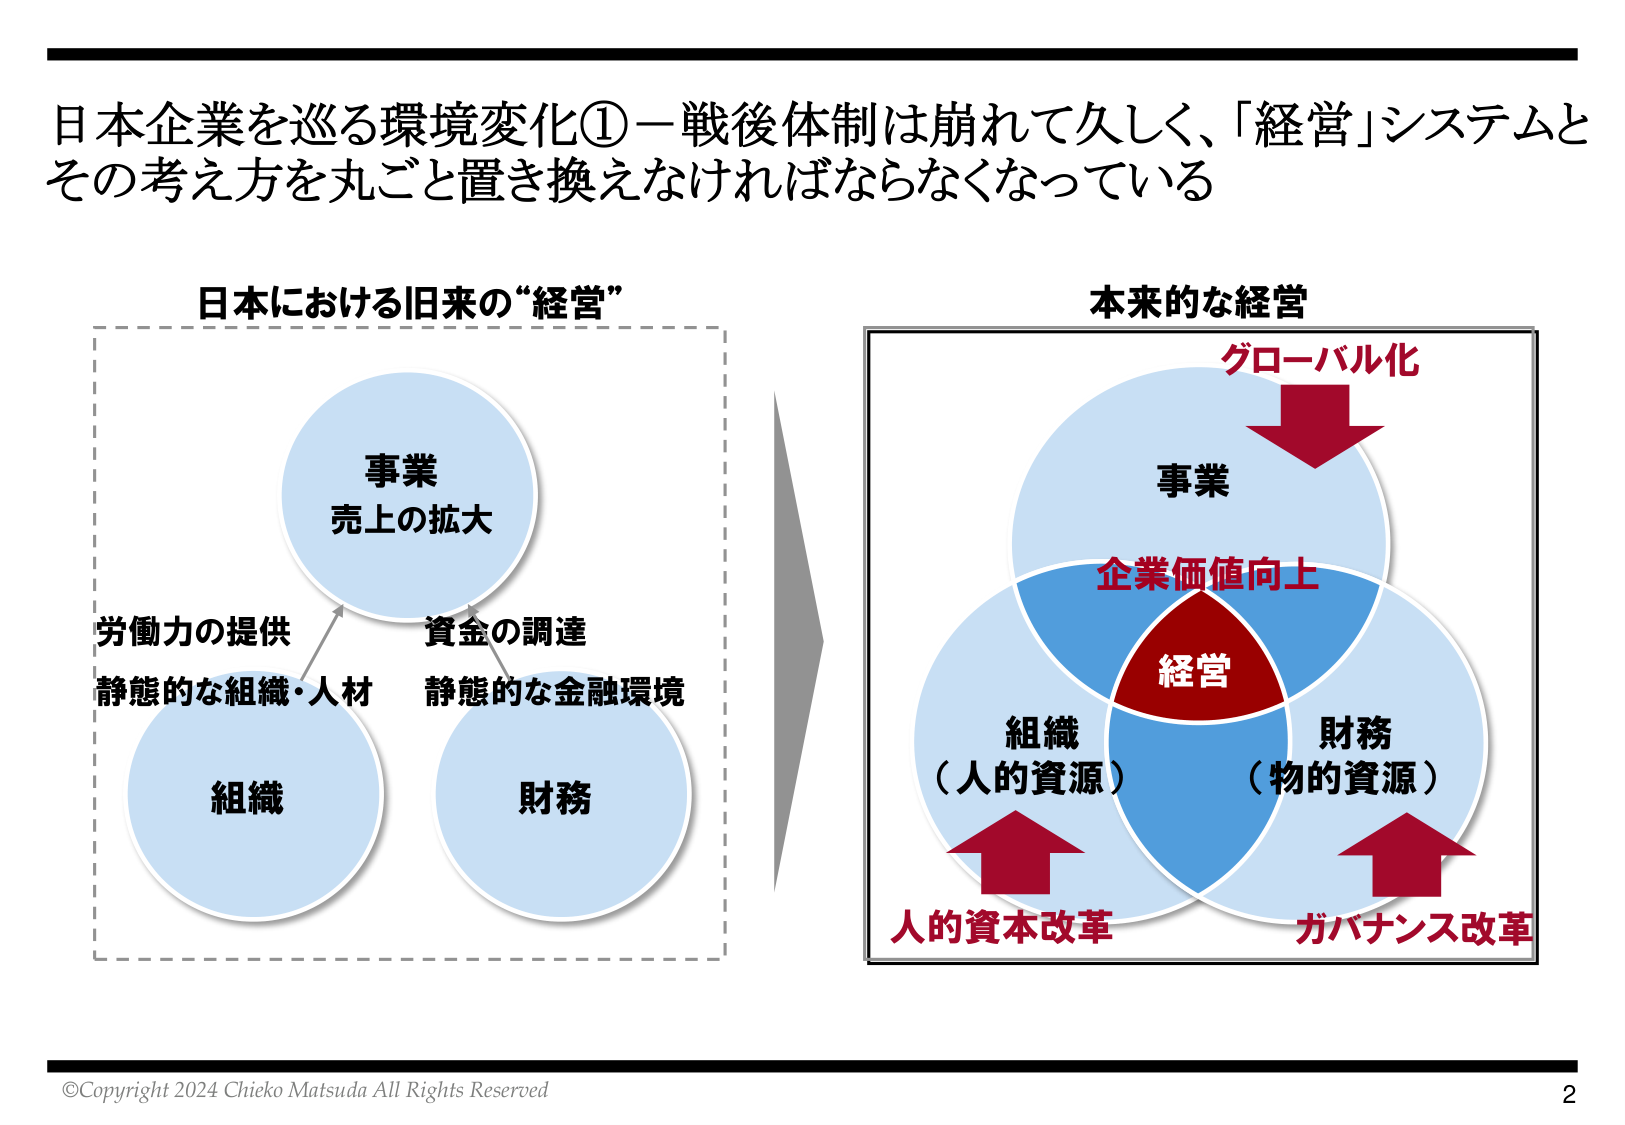
日本企業を巡る環境変化①－戦後体制は崩れて久しく、「経営」システムと
その考え方を丸ごと置き換えなければならないとなっている

日本における旧来の“経営”
事業
売上の拡大
労働力の提供
静態的な組織・人材
組織
資金の調達
静態的な金融環境
財務

本来的な経営
グローバル化
事業
企業価値向上
経営
組織
（人的資源）
財務
（物的資源）
人的資本改革
ガバナンス改革

©Copyright 2024 Chieko Matsuda All Rights Reserved
2